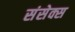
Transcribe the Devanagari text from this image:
संसेक्स